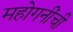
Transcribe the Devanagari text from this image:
महोगनींची